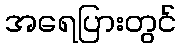
အရေပြားတွင်